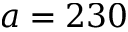
a = 2 3 0